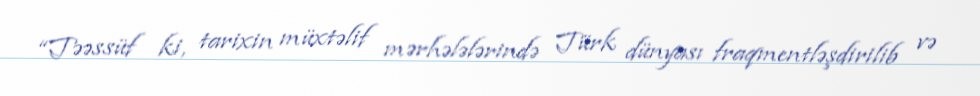
“Təəssüf ki, tarixin müxtəlif mərhələlərində Türk dünyası fraqmentləşdirilib və